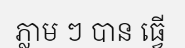
ភ្លាម ៗ បាន ធ្វើ